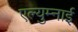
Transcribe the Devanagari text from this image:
एल्युम्नाई